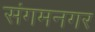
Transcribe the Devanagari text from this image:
संगमनगर